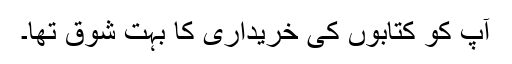
آپ کو کتابوں کی خریداری کا بہت شوق تھا۔